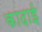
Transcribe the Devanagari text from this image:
कादाई